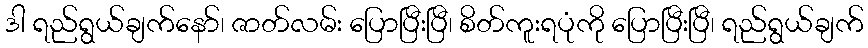
ဒါ ရည်ရွယ်ချက်နော်၊ ဇာတ်လမ်း ပြောပြီးပြီ၊ စိတ်ကူးရပုံကို ပြောပြီးပြီ၊ ရည်ရွယ်ချက်